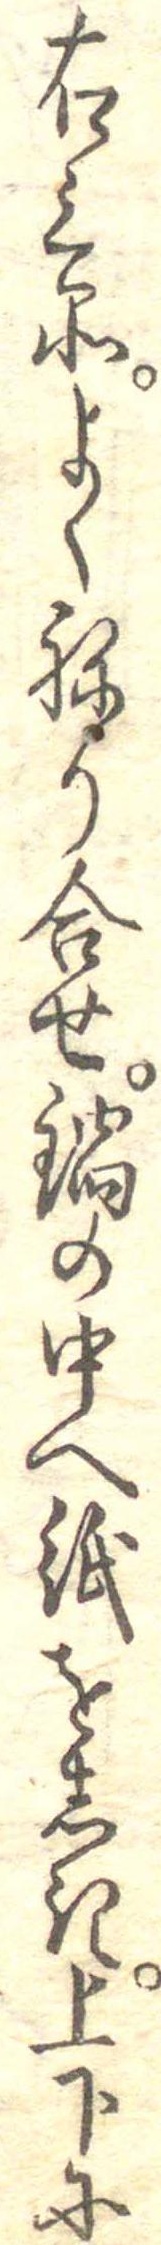
右三品よくねり合せ鍋の中へ紙をしき上下に